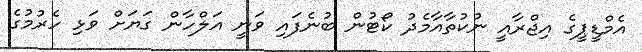
އެމްޑީޕީގެ އިޖްރާއީ ނުކުތާއާމެދު ކޯޓުން ބުނެފައި ވަނީ އަލްހާން ގަޔަށް ވަޅި ހެރުމުގެ